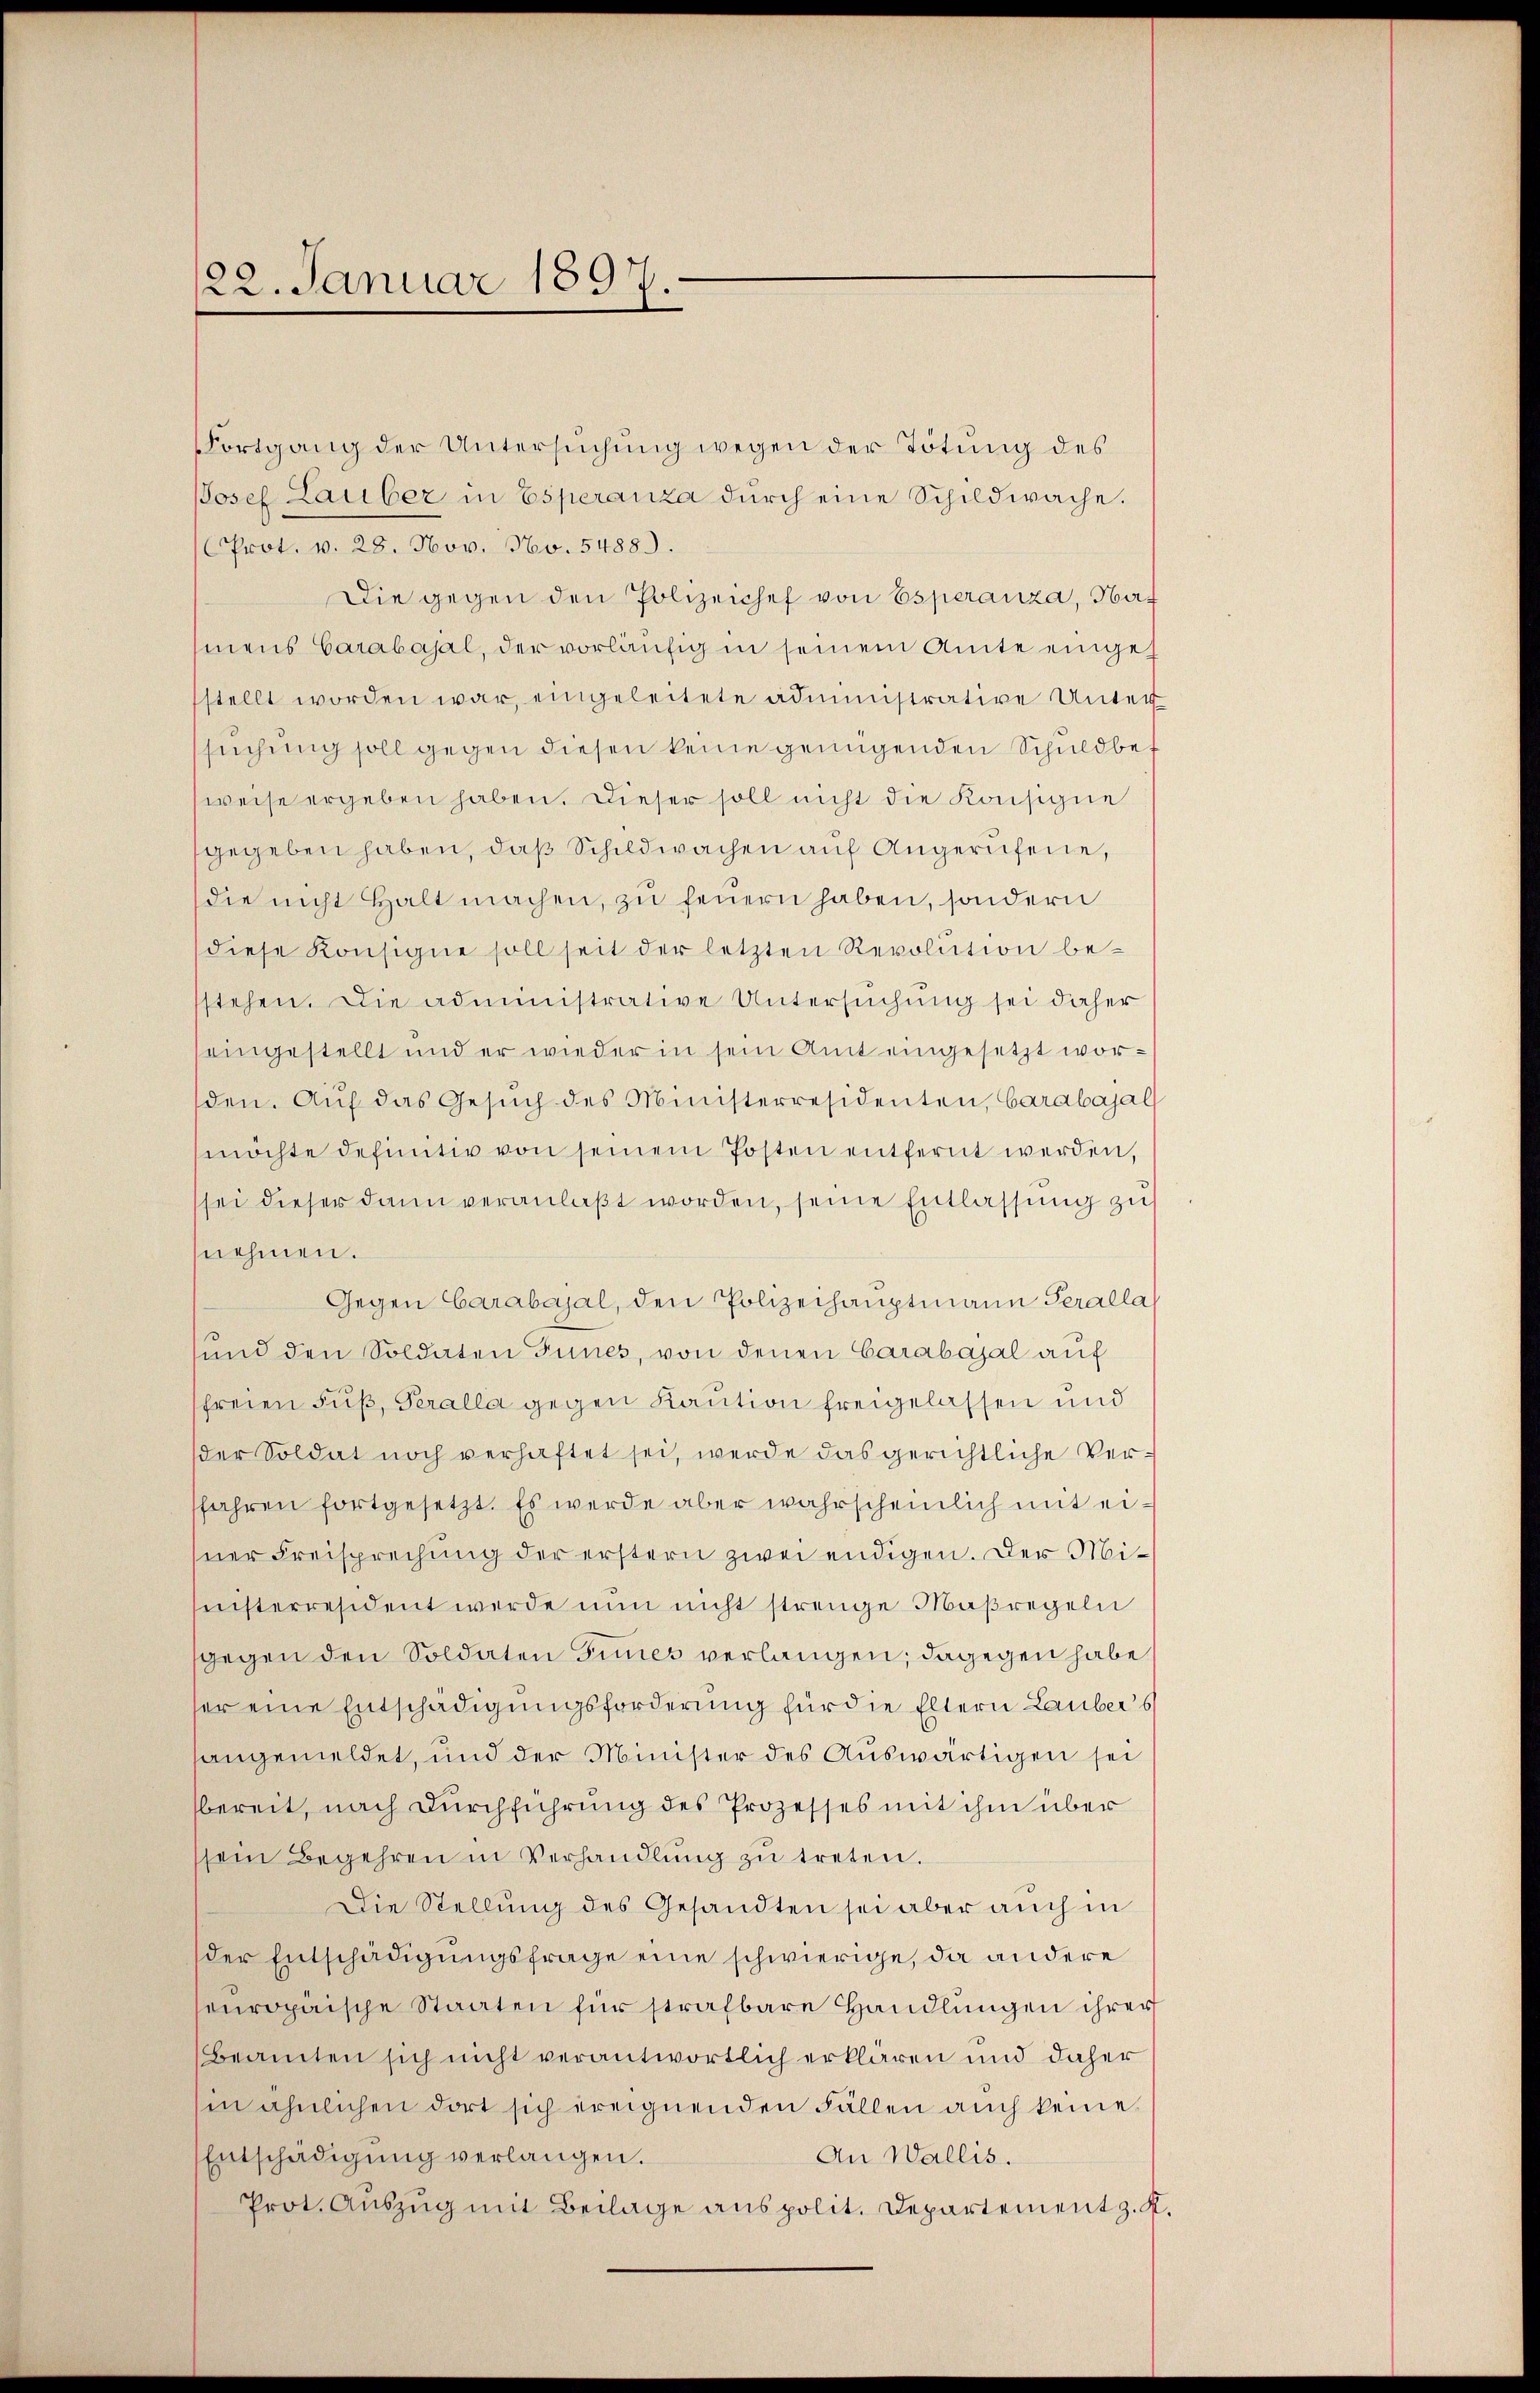
(Fortgang der Untersuchung wegen der Tötung des
JJosef Lauber in Esperanza durch eine Schildwache.
Prot. v. 28. Nov. No. 5488.
Die gegen den Polizeichef von Esperanza, Haf
mens Carabajal, der vorläufig in seinem Amte eingesstellt worden war, eingeleitete administrative Unter
suchung soll gegen diesen keine genügenden Schuldbes
weise ergeben haben. Dieser soll nicht die Konsigne
gegeben haben, daß Schildwachen auf Angerufene,
die nicht halt machen, zŭ feuern haben, sondern
diese Konsigne soll seit der letzten Revolution besstehen. Die administrative Untersuchung sei daher
seingestellt und er wieder in sein Amt eingesetzt worden. Auf das Gesŭch des Ministerresidenten, barabajal
möchte definitiv von seinem Posten entfernt werden,
sei dieser dann veranlaßt worden, seine Entlassung zu
nehmen.
Gegen Carabajal, den Polizeihauptmann Geralla
sund den Soldaten Gunes, von denen Carabajal auf
freien Fuß, Peralla gegen Kaution freigelassen und
der Soldat noch verhaftet sei, werde das gerichtliche Versfahren fortgesetzt. Es werde aber wahrscheinlich mit eisner Freisprechung der erstern zwei endigen. Der Misichterresident werde nun nicht strenge Maßregeln
gegen den Soldaten Zimmes verlangen; dagegen habe
ser eine Entschädigungsforderung für die Eltern Lauber s
langemeldet, und der Minister des Auswärtigen sei
bereit, nach Durchführung des Prozesses mit ihm über
ssein Begehren in Verhandlŭng zŭ treten.
Die Stellung des Gesandten sei aber auch in
der Entschädigungsfrage eine schwierige, da andere
europäische Staaten für strafbare Handlungen ihrer
Beamten sich nicht verantwortlich erklären und daher
in ähnlichen dort sich ereignenden Fällen auch keine
Entschädigung verlangen.
An Wallis.
Prot. Auszug mit Beilage anspolit. Departement z. K.

122. Januar 1897.
.